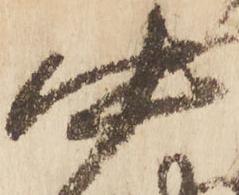
中